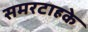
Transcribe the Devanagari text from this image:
समरटाहके